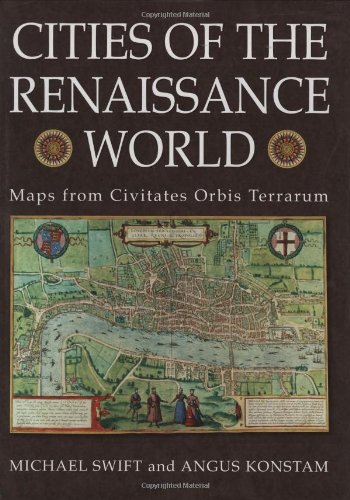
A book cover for Cities of the Renaissance World: Maps from the Civitates Orbis Terrarum; Michael Swift; Science & Math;